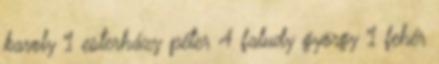
karoly 1 esterházy péter 4 faludy györgy 1 fehér